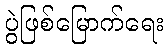
ပွဲဖြစ်မြောက်ရေး